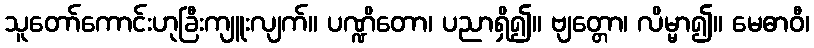
သူတော်ကောင်းဟုခြီးကျူးလျက်။ ပဏ္ဍိတော၊ ပညာရှိ၍။ ဗျတ္တော၊ လိမ္မာ၍။ မေဓာဝီ၊